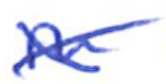
Text: in
Cross-out: cross
Writing tool: ballpoint